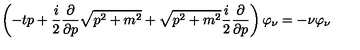
\left( - t p + \frac { i } { 2 } \frac { \partial } { \partial p } \sqrt { p ^ { 2 } + m ^ { 2 } } + \sqrt { p ^ { 2 } + m ^ { 2 } } \frac { i } { 2 } \frac { \partial } { \partial p } \right) \varphi _ { \nu } = - \nu \varphi _ { \nu }